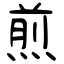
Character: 煎